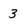
Character: 3